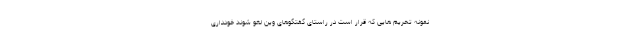
نمونه تحریم هایی که قرار است در راستای گفتگوهای وین لغو شوند خودداری